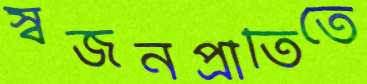
স্বজনপ্রীতিতে